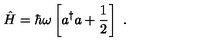
\hat { H } = \hbar \omega \left[ a ^ { \dagger } a + \frac { 1 } { 2 } \right] \ .